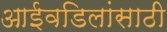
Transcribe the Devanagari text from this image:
आईवडिलांसाठी